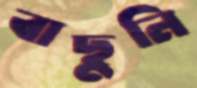
বাছুনি